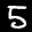
Label: 5